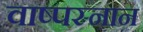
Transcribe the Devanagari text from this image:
वाष्पस्नान